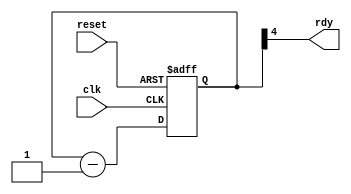
module timer(output wire rdy, input wire clk, input wire reset);

   reg [4:0] count;
   assign rdy = count[4];

   always @(posedge clk or posedge reset)
     if (reset)
       count <= 5'h0f;
     else
       count <= count - 1;

endmodule